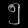
Digit: ၅